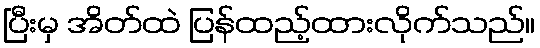
ပြီးမှ အိတ်ထဲ ပြန်ထည့်ထားလိုက်သည်။